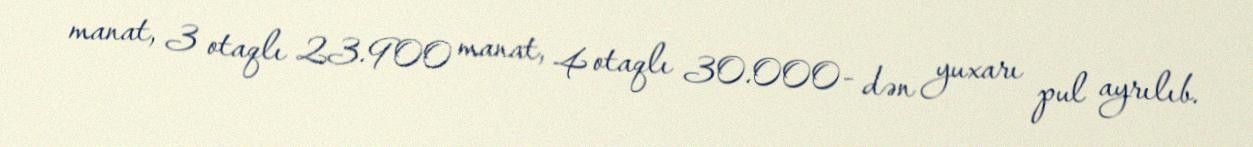
manat, 3 otaqlı 23.900 manat, 4 otaqlı 30.000- dən yuxarı pul ayrılıb.